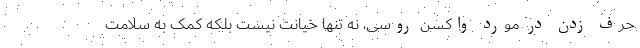
حرف زدن در مورد واکسن روسی، نه تنها خیانت نیست بلکه کمک به سلامت